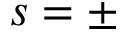
s = \pm